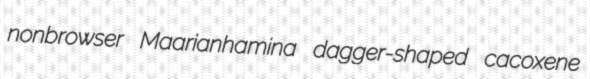
nonbrowser Maarianhamina dagger-shaped cacoxene